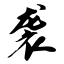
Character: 袭